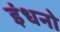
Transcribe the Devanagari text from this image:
इंधनो